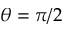
\theta = \pi / 2